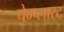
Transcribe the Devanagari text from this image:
चेम्प्लास्ट